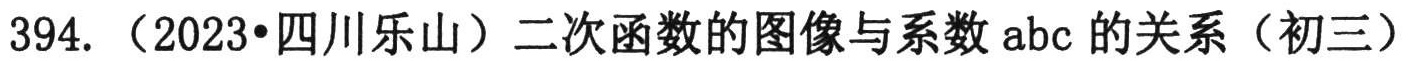
394.（2023·四川乐山）二次函数的图像与系数 \(abc\) 的关系（初三）